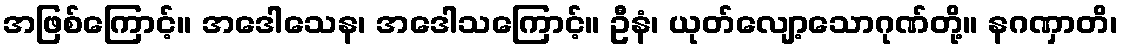
အဖြစ်ကြောင့်။ အဒေါသေန၊ အဒေါသကြောင့်။ ဦနံ၊ ယုတ်လျော့သောဂုဏ်တို့။ နဂဏှာတိ၊